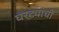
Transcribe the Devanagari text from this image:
घरट्यांची